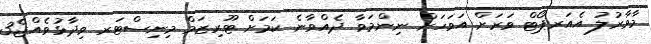
މާވާރުލު އެއަރޕޯޓް ވަރަށް އަވަހަށް ނިންމަވާ ދެއްވާނެ ކަމަށް ޓޫރިޒަމް މިނިސްޓަރ ވިދާޅުވެއްޖެ3